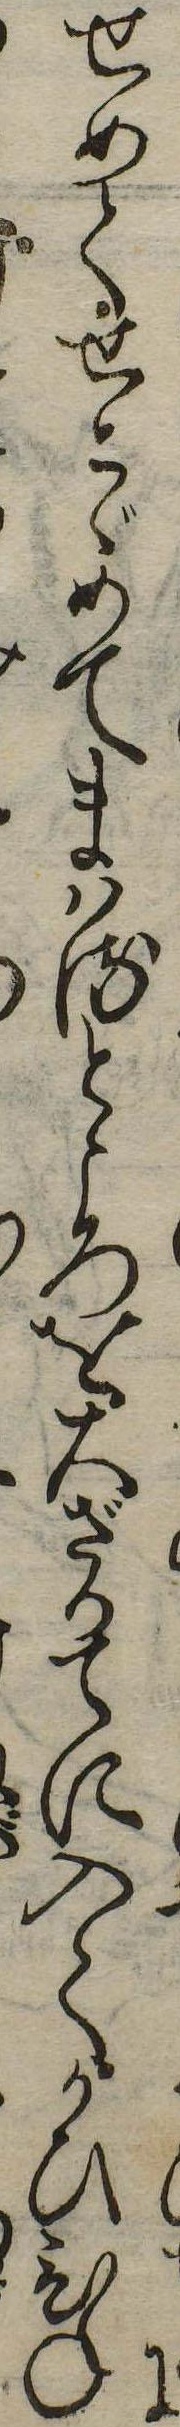
にせめてせこゞめてまはるところを大ざかてに入てかひひね